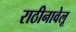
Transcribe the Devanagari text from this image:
राठीनावेलू